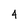
Character: 4